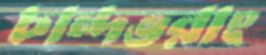
চান্দভরাং